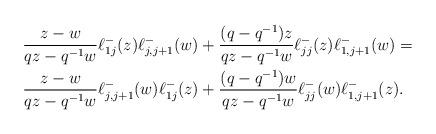
LaTeX: \begin{align*} & \frac{z-w}{qz-q^{-1}w} \ell^-_{1j}(z)\ell^-_{j,j+1}(w)+\frac{(q-q^{-1})z}{qz-q^{-1}w}\ell^-_{jj}(z)\ell^-_{1,j+1}(w)=\\ & \frac{z-w}{qz-q^{-1}w} \ell^-_{j,j+1}(w)\ell^-_{1j}(z)+\frac{(q-q^{-1})w}{qz-q^{-1}w}\ell^-_{jj}(w)\ell^-_{1,j+1}(z).\end{align*}